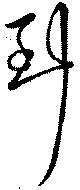
到